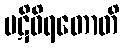
ပဋိဝိရတောတိ